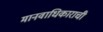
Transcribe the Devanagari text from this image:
मानवाधिकाराची